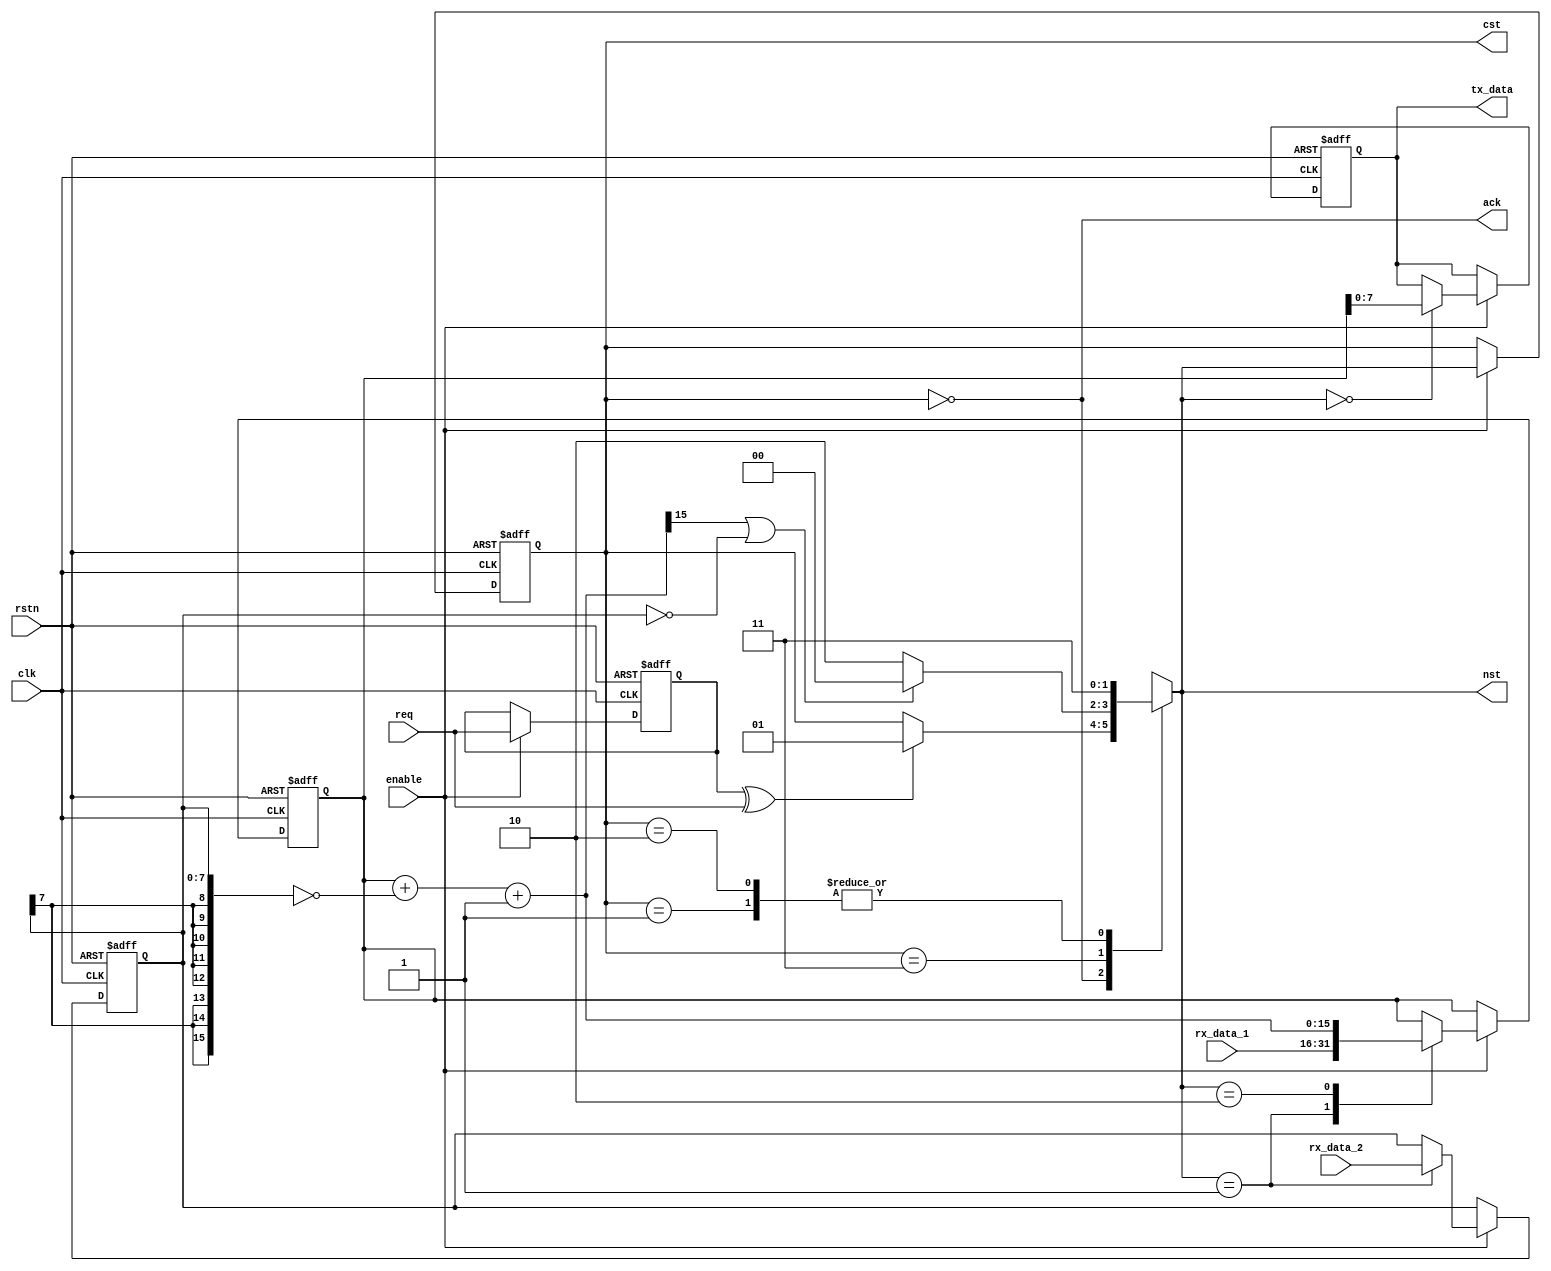
module rem #(
	parameter MSB = 7 
)(
	output ack, 
	output reg [1:0] cst, nst, 
	input req, 
	output reg [MSB:0] tx_data, 
	input [MSB:0] rx_data_2, 
	input [2*(MSB+1)-1:0] rx_data_1, 
	input enable, 
`ifdef ASYNC
	input async_se, lck, test_se, 
`endif
	input rstn, clk 
);

`ifdef ASYNC
wire clk0 = test_se ? clk : async_se ? lck  : clk;
`endif

reg [2*(MSB+1)-1:0] r;
reg [MSB:0] b;
wire [2*(MSB+1)-1:0] nst_r = r + ~{{(MSB+1){b[MSB]}}, b} + 1;
wire lt = nst_r[2*(MSB+1)-1];
wire eq0 = b == 0;

`ifndef GRAY
	`define GRAY(X) (X^(X>>1))
`endif
localparam [1:0]
	st_calc		= `GRAY(3),
	st_if		= `GRAY(2),
	st_load		= `GRAY(1),
	st_idle		= `GRAY(0);
reg req_d;
`ifdef ASYNC
always@(negedge rstn or posedge clk0) begin
`else
always@(negedge rstn or posedge clk) begin
`endif
	if(!rstn) req_d <= 1'b0;
	else if(enable) req_d <= req;
end
wire req_x = req_d ^ req;
`ifdef ASYNC
always@(negedge rstn or posedge clk0) begin
`else
always@(negedge rstn or posedge clk) begin
`endif
	if(!rstn) cst <= st_idle;
	else if(enable) cst <= nst;
end
always@(*) begin
	case(cst)
		st_idle: nst = req_x ? st_load : cst;
		st_load: nst = st_if;
		st_if: nst = (lt || eq0) ? st_idle : st_calc;
		st_calc: nst = st_if;
		default: nst = st_idle;
	endcase
end
assign ack = cst == st_idle;

`ifdef ASYNC
always@(negedge rstn or posedge clk0) begin
`else
always@(negedge rstn or posedge clk) begin
`endif
	if(!rstn) begin
		r <= 0;
		b <= 0;
		tx_data <= 0;
	end
	else if(enable) begin
		case(nst)
			st_load: begin
				r <= rx_data_1;
				b <= rx_data_2;
			end
			st_calc: r <= nst_r;
			st_idle: tx_data <= r[MSB:0];
			default: begin
				r <= r;
				b <= b;
				tx_data <= tx_data;
			end
		endcase
	end
end

endmodule